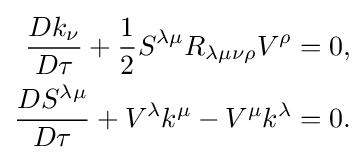
{\begin{aligned}{\frac {Dk_{\nu }}{D\tau }}+{\frac {1}{2}}S^{\lambda \mu }R_{\lambda \mu \nu \rho }V^{\rho }&=0,\\{\frac {DS^{\lambda \mu }}{D\tau }}+V^{\lambda }k^{\mu }-V^{\mu }k^{\lambda }&=0.\end{aligned}}